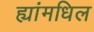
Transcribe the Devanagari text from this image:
ह्यांमधिल